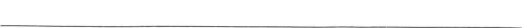
___